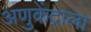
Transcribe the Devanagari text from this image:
अणुकेंद्राला